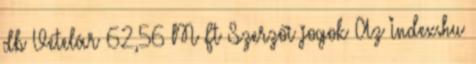
db Vételár 62,56 M Ft Szerzői jogok Az Index.hu